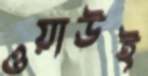
ওয়াউই